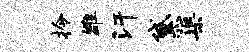
拎雒汗黛渠